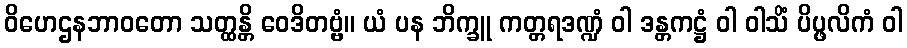
ဝိဟေဌနဘာဝတော သတ္ထန္တိ ဝေဒိတဗ္ဗံ။ ယံ ပန ဘိက္ခူ ကတ္တရဒဏ္ဍံ ဝါ ဒန္တကဋ္ဌံ ဝါ ဝါသိံ ပိပ္ဖလိကံ ဝါ